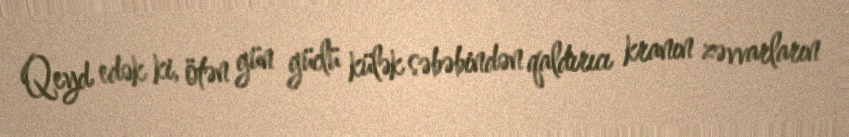
Qeyd edək ki, ötən gün güclü külək səbəbindən qaldırıcı kranın zəvvarların